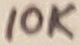
Text: 10K